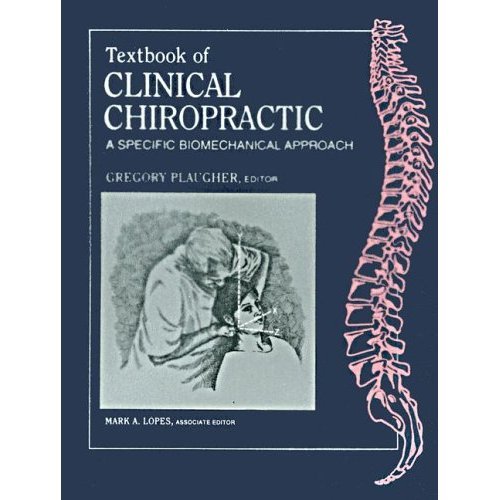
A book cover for Textbook of Clinical Chiropractic: A Specific Biomechanical Approach; Medical Books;